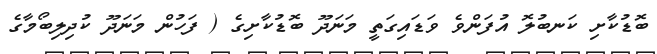
ބޮޑުކާށި ކަނބުލޮ އުފަންވެ ވަޑައިގަތީ މަނަދޫ ބޮޑުކާށިގެ ( ފަހުން މަނަދޫ ކުދިލިބޯމާގެ